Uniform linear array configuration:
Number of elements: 24
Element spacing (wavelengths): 0.75
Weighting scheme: blackman
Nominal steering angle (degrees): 45
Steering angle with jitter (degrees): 46.179
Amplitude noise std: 0.05
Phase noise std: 0.05

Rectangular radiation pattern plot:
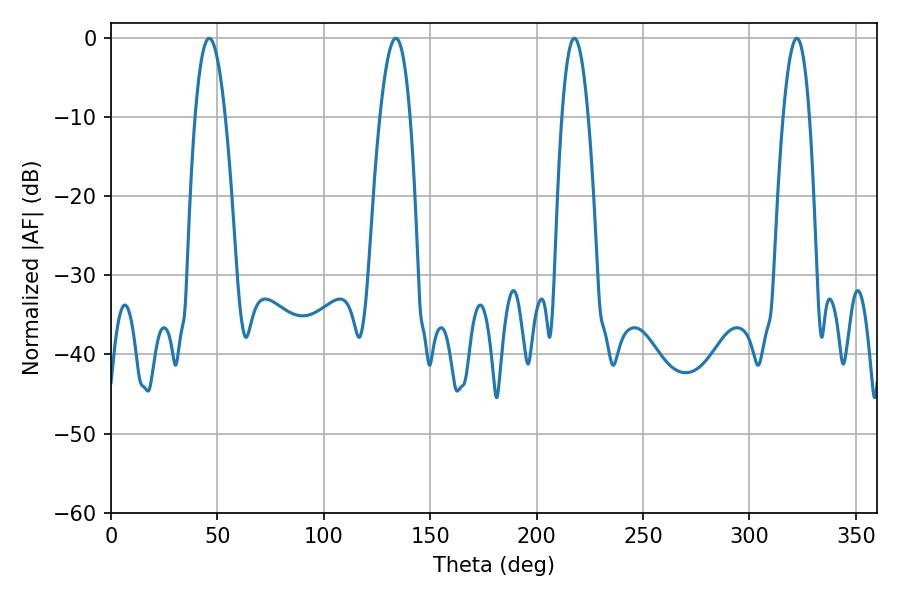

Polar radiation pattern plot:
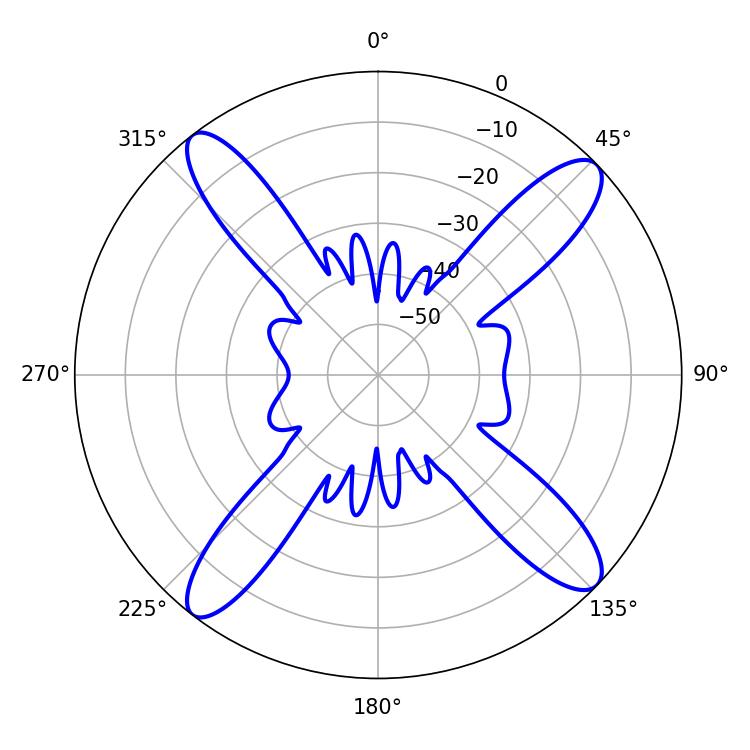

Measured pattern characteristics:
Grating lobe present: TRUE
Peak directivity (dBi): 15.605
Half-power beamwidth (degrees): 6.84
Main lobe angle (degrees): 217.8